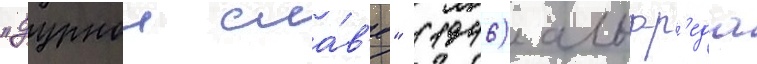
"дурнои сла́в'е" (1946) альфр'еда